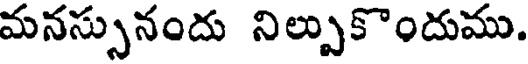
మనస్సునందు నిల్పుకొందుము.